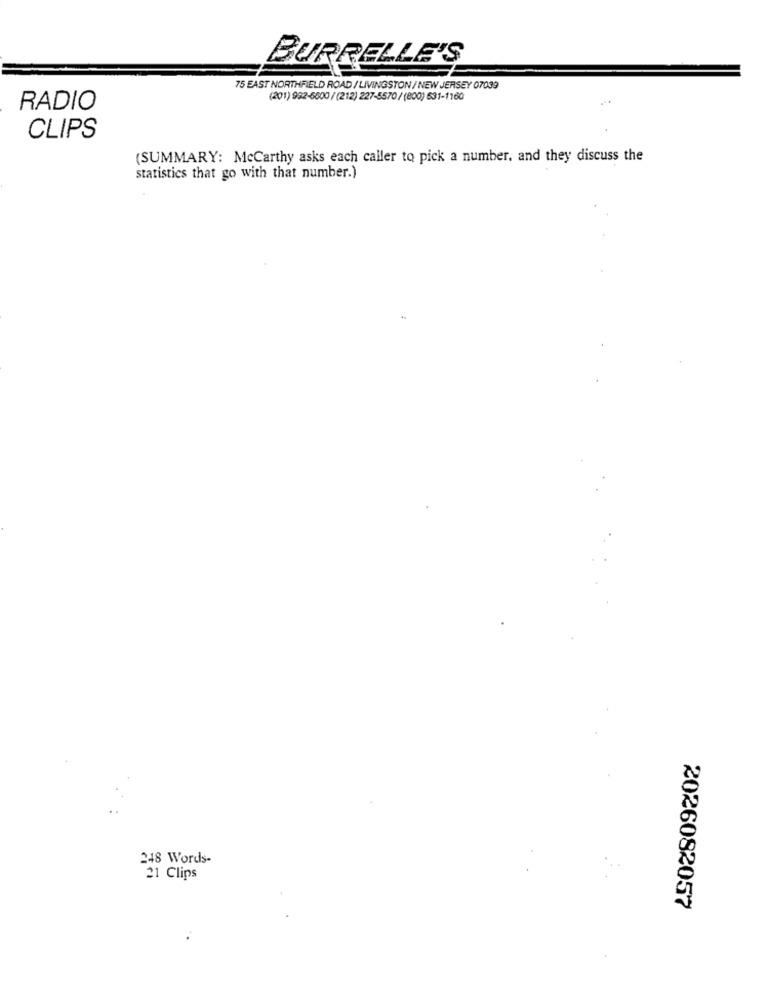
BURÇELLE'S
75 EAST NORTHFIELD ROAD / LIVINGSTON / NEW JERSEY 07039
(201) 992-5600 / (212) 227-5570/ (800) 631-1160
RADIO
CLIPS
(SUMMARY: Mccarthy asks each caller to pick a number, and they discuss the
statistics that go with that number.)
248 Words-
21 Clips
2026082057